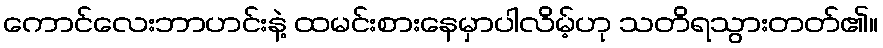
ကောင်လေးဘာဟင်းနဲ့ ထမင်းစားနေမှာပါလိမ့်ဟု သတိရသွားတတ်၏။